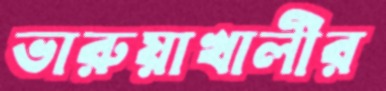
ভারুয়াখালীর